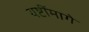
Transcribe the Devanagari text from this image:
यष्टींमागे